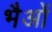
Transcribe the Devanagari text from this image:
भैओं